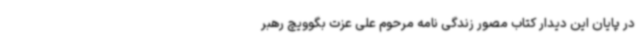
در پایان این دیدار کتاب مصور زندگی نامه مرحوم علی عزت بگوویچ رهبر